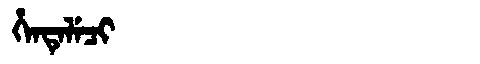
Manchu: ᡥᡝᠨᡨᡝᠯᡝᠴᡳ
Romanization: HENTELECI